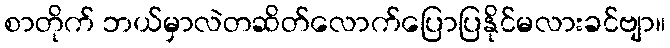
စာတိုက် ဘယ်မှာလဲတဆိတ်လောက်ပြောပြနိုင်မလားခင်ဗျာ။